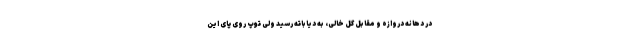
در دهانه دروازه و مقابل گل خالی، به دیاباته رسید ولی توپ روی پای این